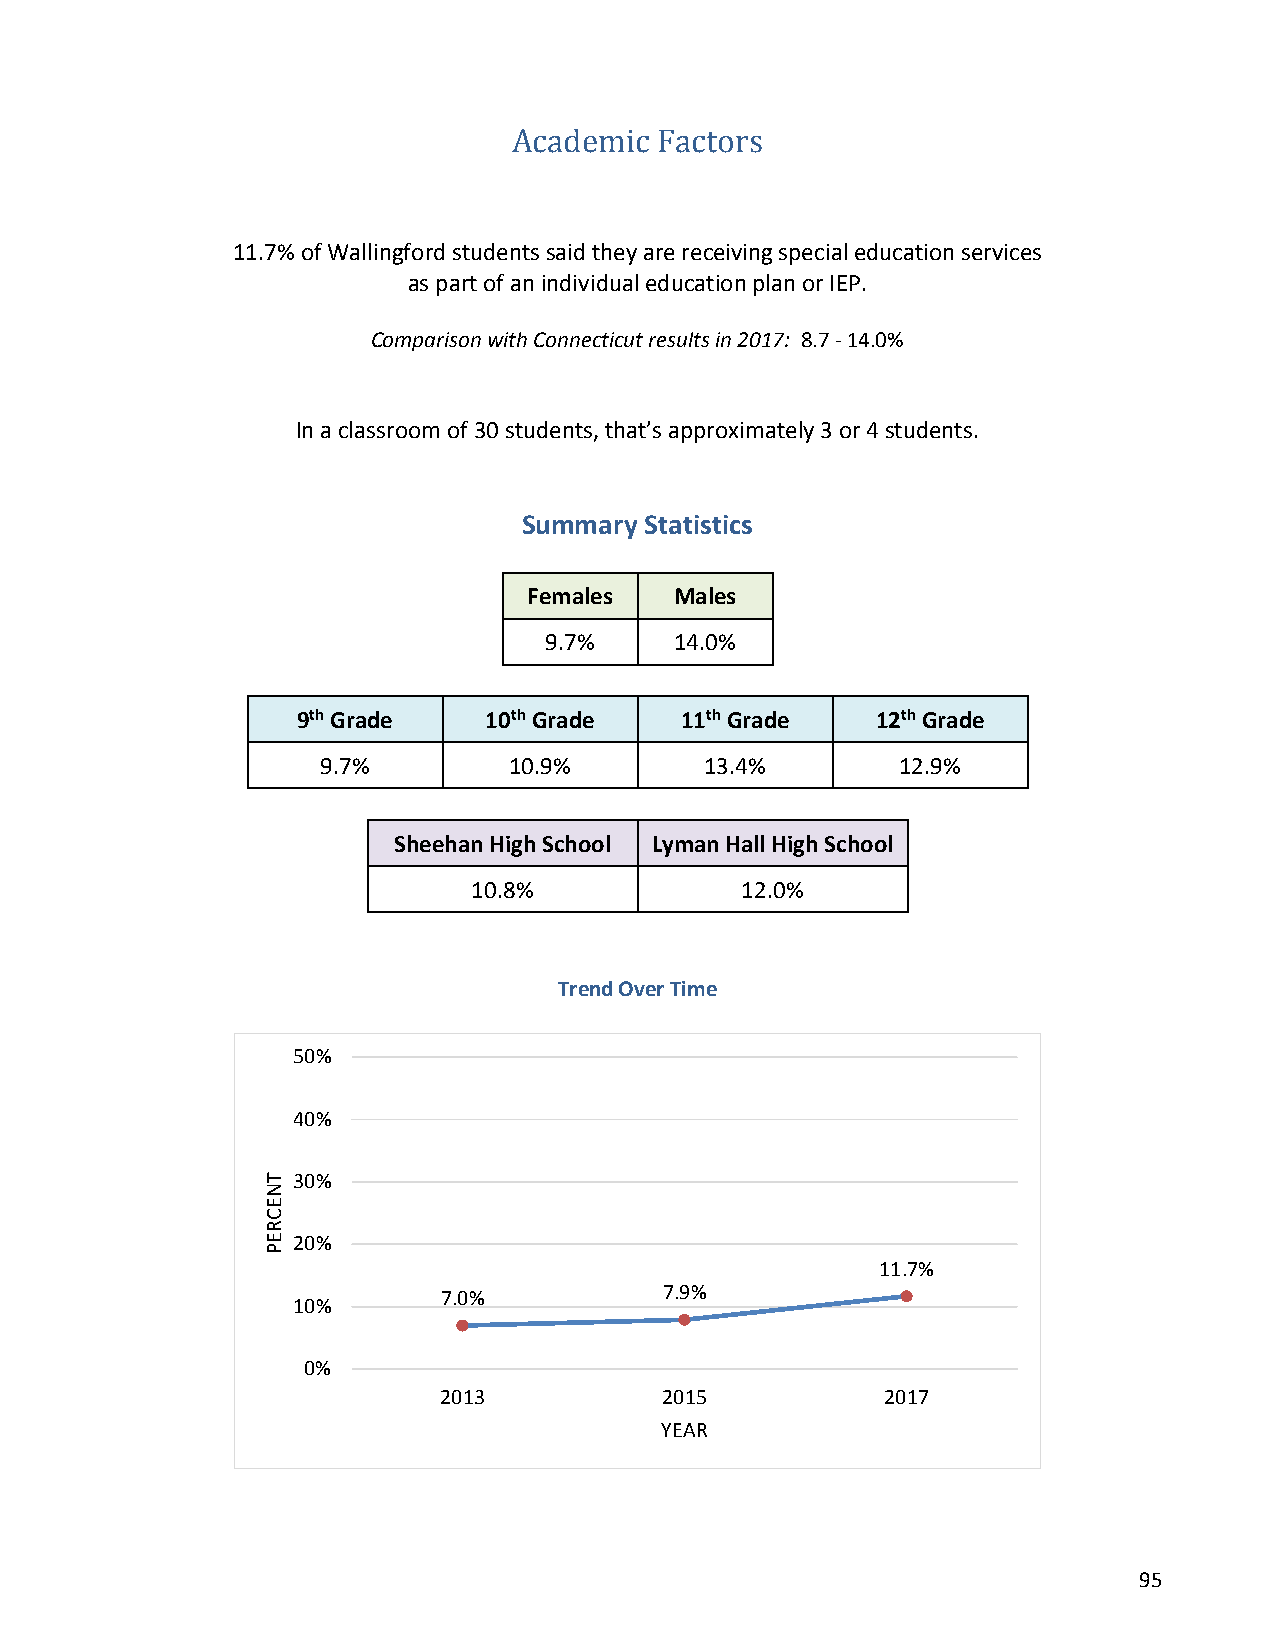
Academic  Factors
 11.7% of Wallingford students said they are receiving special education services
 as part of an individual education plan or IEP.
 Comparison with Connecticut results in 2017: 8.7 - 14.0%
 In a classroom of 30 students, that’s approximately 3 or 4 students.
 Summary Statistics
 Females   Males
 9.7%     14.0%
 9th Grade   10th Grade   11th Grade   12th Grade
 9.7%         10.9%        13.4%        12.9%
 Sheehan High School Lyman Hall High School
 10.8%             12.0%
 Trend Over Time
 50%
 40%
 30%
 20%
 11.7%
 7.0%           7.9%
 10%
 0%
 2013           2015           2017
 YEAR
 95
 TNECREP